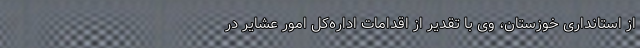
از استانداری خوزستان، وی با تقدیر از اقدامات اداره‌کل امور عشایر در